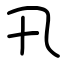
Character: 卂